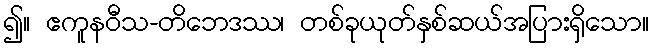
၍။ ဧကူနဝီသ-တိဘေဒဿ၊ တစ်ခုယုတ်နှစ်ဆယ်အပြားရှိသော။